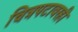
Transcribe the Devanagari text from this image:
चित्रपटावरही